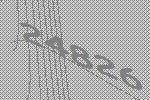
24826